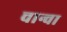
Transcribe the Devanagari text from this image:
चान्वा